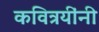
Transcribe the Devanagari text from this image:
कवित्रयींनी